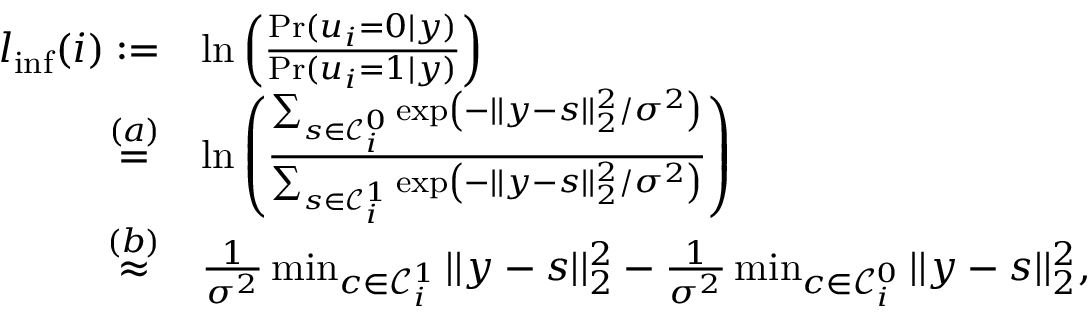
\begin{array} { r l } { \boldsymbol { l } _ { \mathrm { i n f } } ( i ) : = } & { \ln \left( \frac { \operatorname* { P r } ( u _ { i } = 0 | \boldsymbol { y } ) } { \operatorname* { P r } ( u _ { i } = 1 | \boldsymbol { y } ) } \right) } \\ { \stackrel { ( a ) } { = } } & { \ln \left( \frac { \sum _ { \boldsymbol { s } \in \mathcal { C } _ { i } ^ { 0 } } \exp \left( - | | \boldsymbol { y } - \boldsymbol { s } | | _ { 2 } ^ { 2 } / \sigma ^ { 2 } \right) } { \sum _ { \boldsymbol { s } \in \mathcal { C } _ { i } ^ { 1 } } \exp \left( - | | \boldsymbol { y } - \boldsymbol { s } | | _ { 2 } ^ { 2 } / \sigma ^ { 2 } \right) } \right) } \\ { \stackrel { ( b ) } { \approx } } & { \frac { 1 } { \sigma ^ { 2 } } \operatorname * { m i n } _ { \boldsymbol { c } \in \mathcal { C } _ { i } ^ { 1 } } | | \boldsymbol { y } - \boldsymbol { s } | | _ { 2 } ^ { 2 } - \frac { 1 } { \sigma ^ { 2 } } \operatorname * { m i n } _ { \boldsymbol { c } \in \mathcal { C } _ { i } ^ { 0 } } | | \boldsymbol { y } - \boldsymbol { s } | | _ { 2 } ^ { 2 } , } \end{array}